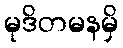
မုဒိတမနမှိ